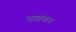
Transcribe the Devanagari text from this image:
भावांकन